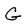
Character: G